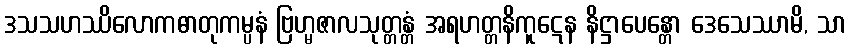
ဒသသဟဿိလောကဓာတုကမ္ပနံ ဗြဟ္မဇာလသုတ္တန္တံ အရဟတ္တနိကူဋေန နိဋ္ဌာပေန္တော ဒေသေဿာမိ, သာ